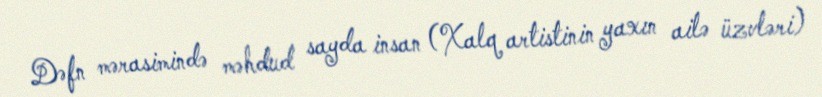
Dəfn mərasimində məhdud sayda insan (Xalq artistinin yaxın ailə üzvləri)